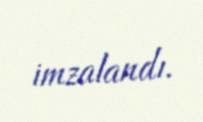
imzalandı.